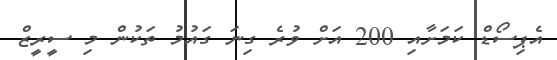
އެޕިސޯޑް ކަމަށާއި 200 އަށް ވުރެ ގިނަ ގައުމު ތަކުން މި ސީރީޒް